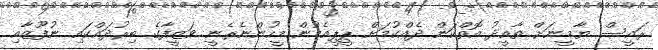
ރައީސް ޔާމީނަށް ތާއީދު އޮތްކަން ދެއްކުމަށް ޕީޕީއެމުން މީހުންނެރެނީ ވަޒީފާގެ ބިރުދައްކައި ނުފޫޒާއި